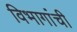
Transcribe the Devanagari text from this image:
विभागांंची